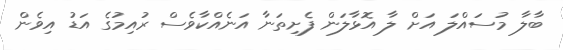
ބާލާ މުސައްލަ އަށް ލާ އޮޅާލަން ފެށިތަނާ އަނެއްކާވެސް ރުއިމުގެ އަޑު އިވެން